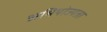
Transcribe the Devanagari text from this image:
अभियोज्यता